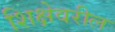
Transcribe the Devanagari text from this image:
शिक्षेवरील